Vaccination in the Punjab 1905-1918 - 1905-1918
Year: 1905
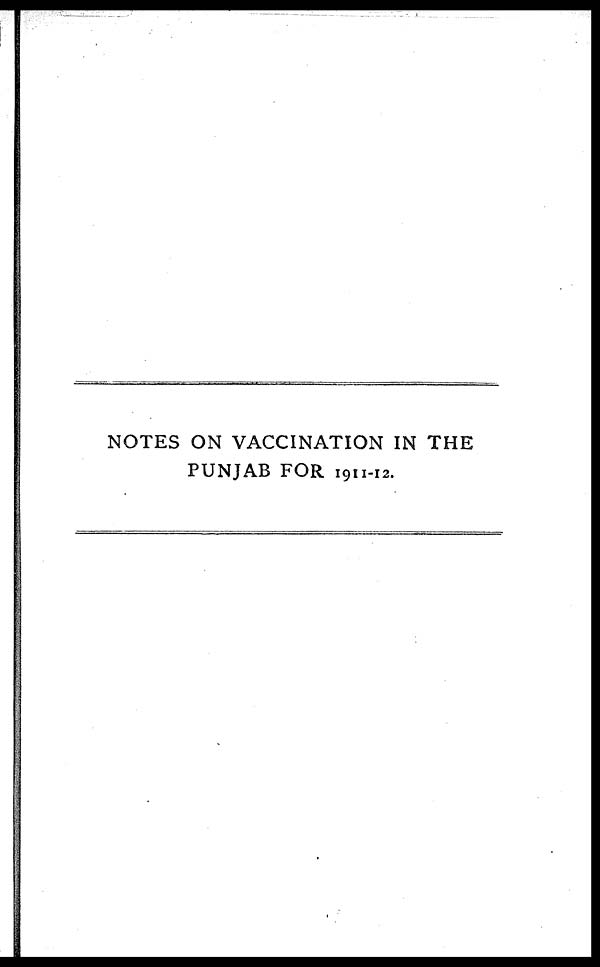
NOTES ON VACCINATION IN THE
PUNJAB FOR 1911-12.